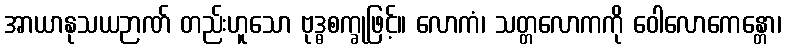
အာယာနုသယဉာဏ် တည်းဟူသော ဗုဒ္ဓစက္ခုဖြင့်။ လောကံ၊ သတ္တလောကကို ဝေါလောကေန္တော၊